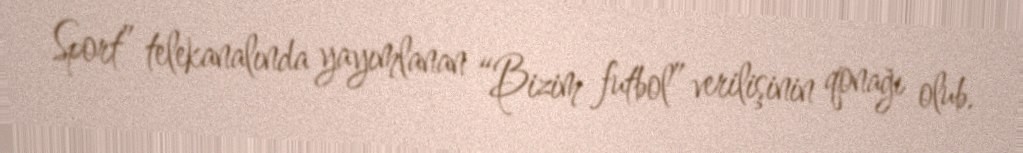
Sport” telekanalında yayımlanan “Bizim futbol” verilişinin qonağı olub.